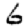
Digit: 6